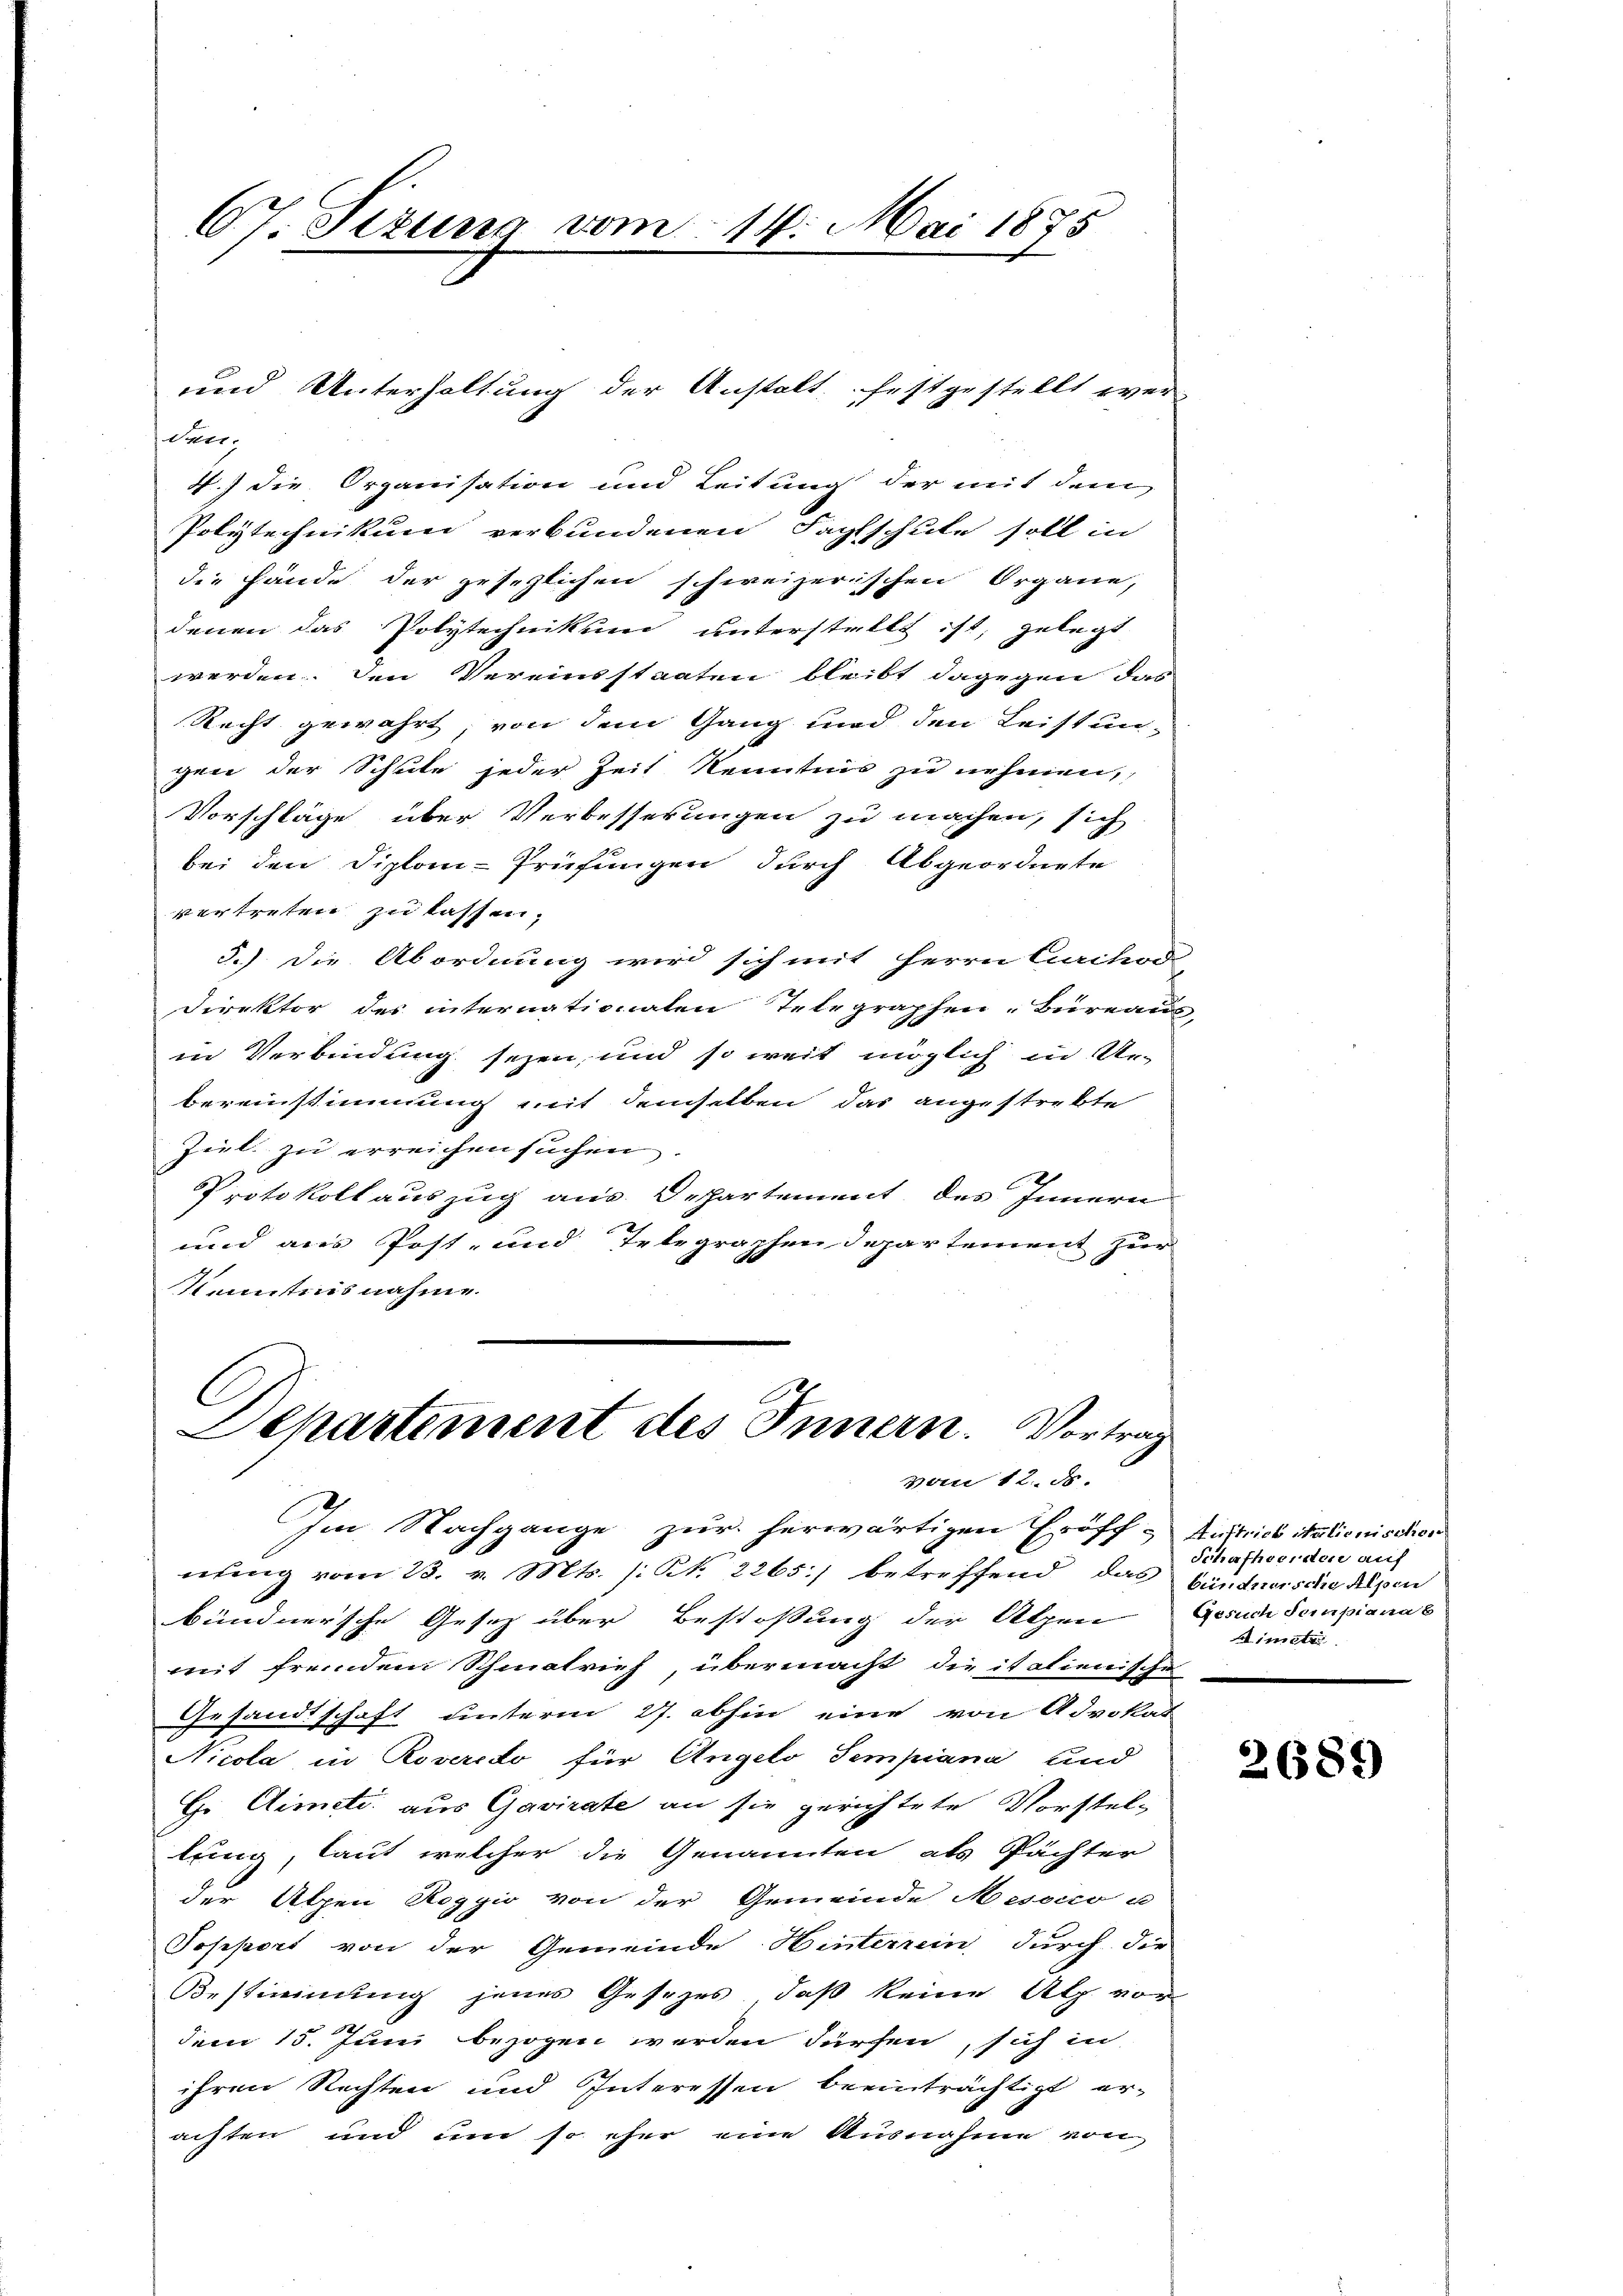
67. Sizung vom 14. Mai 1875

deer.
4.) die Organisation und Leitung der mit dem
Polytechnikum verbundenen Fachschule soll in
die Hände der gesezlichen schweizerischen Organe,
denen das Polytechnikum unterstellt ist, gelegt
werden. Den Vereinsstaaten bleibt dagegen das
Recht gewährt, von dem Gang und den Leistun-
gen der Schule jeder Zeit Kenntnis zu nehmen,
Vorschläge über Verbesserungen zu machen, sich
bei den Diplom-Prüfungen durch Abgeordnete
vertreten zu lassen.
5.) Die Abordnung wird sich mit Herrn Cachodi-
Direktor des internationaten Telegraphen-Büreaus,
in Verbindung seyen, und so weit möglich in Unbereinstimmung mit demselben das angestrebte
Zeit zu erreichen suchen.
Protokoll auszug aus Departement des Innern
und aus Post- und Telegraphen Departement zur
Kenntnis nahme.

und Unterhaltung der Anstalt festgestellt wer-

C
Departement des Innern. Vortrag
vom 12. ds.

Im Nachgange zur herwärtigen Eröff-
nung vom 23. v. Mts. (: N. 2265) betreffend das Gantners die Alpen
bündnersche Gesetz über Bestossung der Alpen
mit fremdem Schmatrich, übermacht die italienische
Gesandtschaft unterm 27. abhin eine von Advokat
Nicola in Roveredo für Angelo Sempiana und
Gr Aimeti. aus Gavirate an sie gerichtete Vorstel-
lung, laut welcher die Genannten als Pächter
der Alpen Roggio von der Gemeinde Mesocio u
Jopport von der Gemeinde Hinterrein durch die
Bestimmung jenes Gesezes, daß keine Alp vor
dem 15. Juni bezogen werden dürfen, sich in
ihren Rechten und Interessen beeinträchtigt er-
achten und um so eher eine Ausnahme von

Austrieb Nationischen
Schafhocirten auf
Gesuch Sempiana b
Ministri

2689